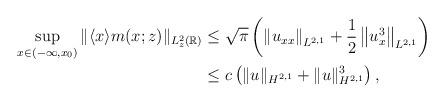
LaTeX: \begin{align*}\begin{aligned}\sup _{x\in\left(-\infty, x_0\right)}\|\langle x\rangle m(x;z)\|_{L_z^2(\mathbb{R})} & \leq \sqrt{\pi}\left(\left\|u_{xx}\right\|_{L^{2,1}}+\frac{1}{2}\left\|u_x^3\right\|_{L^{2,1}}\right) \\& \leq c\left(\|u\|_{H^{2,1}}+\|u\|_{H^{2,1}}^3\right),\end{aligned}\end{align*}